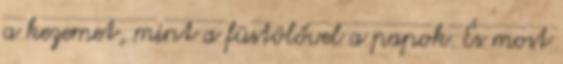
a kezemet, mint a füstölővel a papok. És most